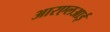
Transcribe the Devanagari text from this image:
आरएलआई